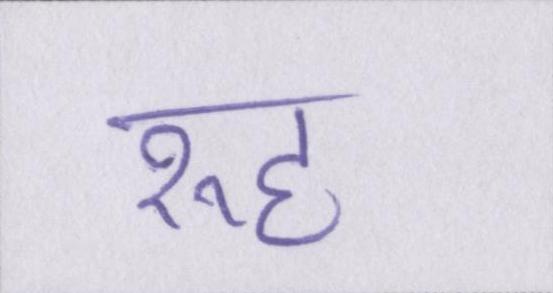
रूह